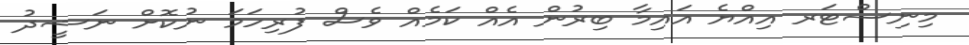
މިނިސްޓަރ އިއްޔެ އައިމާ ބިރުން އެއް ކަމެއް ވެސް ފުރިހަމަ ނުކޮށް ނަޝީދު